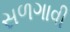
સળગાવી